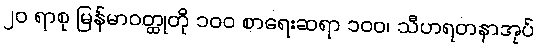
၂၀ ရာစု မြန်မာဝတ္ထုတို ၁၀၀ စာရေးဆရာ ၁၀၀၊ သီဟရတနာအုပ်